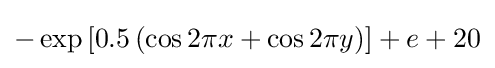
-\exp \left[0.5\left(\cos 2\pi x+\cos 2\pi y\right)\right]+e+20